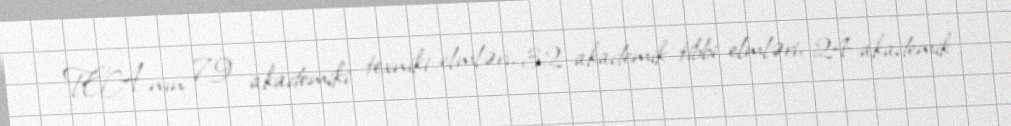
TEA-nın 79 akademiki texniki elmləri, 32 akademik tibbi elmləri, 24 akademik